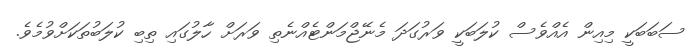
ސަބަބަކީ މިއިން އެއްވެސް ކުލަބަކީ ވަރުގަދަ މެނޭޖްމަންޓެއްނެތި ވަރަށް ހާލުގައި ތިބި ކުލަބުތަކަށްވުމެވެ.